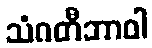
သံဂတီဘာဝါ